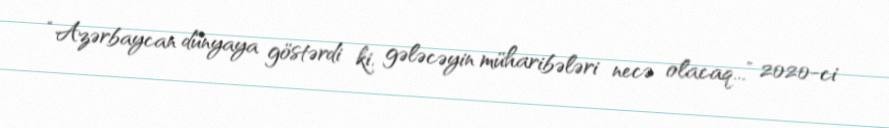
“Azərbaycan dünyaya göstərdi ki, gələcəyin müharibələri necə olacaq...” 2020-ci